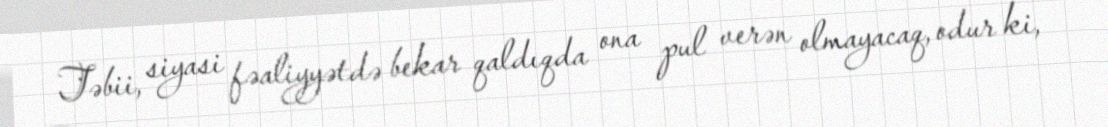
Təbii, siyasi fəaliyyətdə bekar qaldıqda ona pul verən olmayacaq, odur ki,